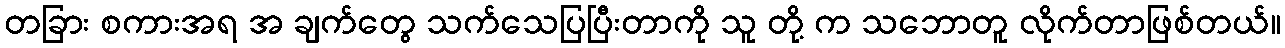
တခြား စကားအရ အ ချက်တွေ သက်သေပြပြီးတာကို သူ တို့ က သဘောတူ လိုက်တာဖြစ်တယ်။